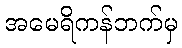
အမေရိကန်ဘက်မှ